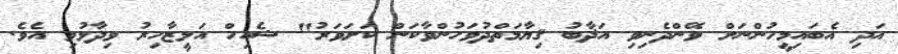
އަދި އެބައިމީހުންނަށް ވޭންދެނިވި އަޛާބު ޤިޔާމަތްދުވަހުންވާކަން ކަށަވަރު" ޝެއިހް އަލީޒާހިރު ވިދާޅުވި އެވެ.